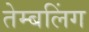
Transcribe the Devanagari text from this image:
तेम्बलिंग